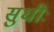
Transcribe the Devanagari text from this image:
सुधीः